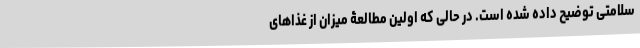
سلامتی توضیح داده شده است. در حالی که اولین مطالعۀ میزان از غذاهای